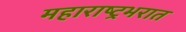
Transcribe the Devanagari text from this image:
महाराष्ट्रभरात